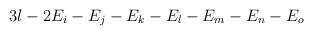
LaTeX: \begin{align*}3l-2E_{i}-E_{j}-E_{k}-E_{l}-E_{m}-E_{n}-E_{o} \end{align*}